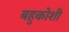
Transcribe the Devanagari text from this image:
बहुकोशी